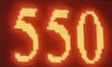
550